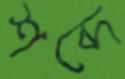
শব্দে